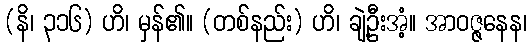
(နိ၊ ၃၁၆) ဟိ၊ မှန်၏။ (တစ်နည်း) ဟိ၊ ချဲ့ဦးအံ့။ အာဝဇ္ဇနေန၊